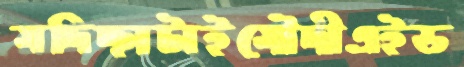
সদিচ্ছাটাইসৌদীএইড